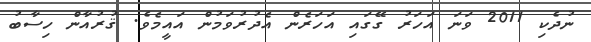
ނުދެކި 2011 ވަނަ އަހަރު ގޭގައި އަހަރެން އެދުރުވަމުން އައީމެވެ. ޤުރުއާން ހިސާބު